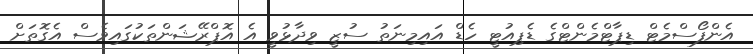
އެންފޯސްމެޓް ޑިޕާޓްމެންޓްގެ ޑެޕިއުޓީ ހެޑް އައިމިނަތު ސުޒީ ވިދާޅުވީ އެ އޮޕްރޭޝަންތަކުގައިވެސް އެގޮތަށް